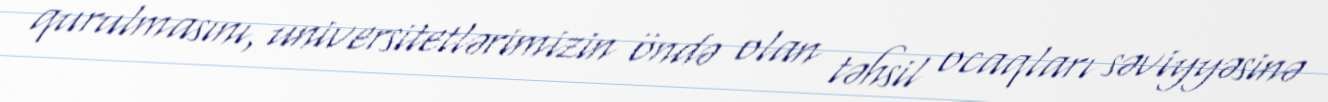
qurulmasını, universitetlərimizin öndə olan təhsil ocaqları səviyyəsinə